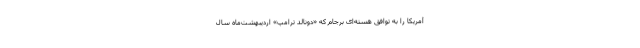
آمریکا را به توافق هسته‌ای برجام که «دونالد ترامپ» اردیبهشت‌ماه سال